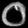
Digit: ၀